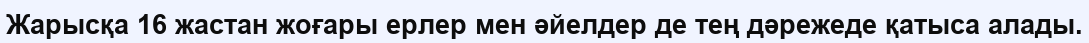
Жарысқа 16 жастан жоғары ерлер мен әйелдер де тең дәрежеде қатыса алады.